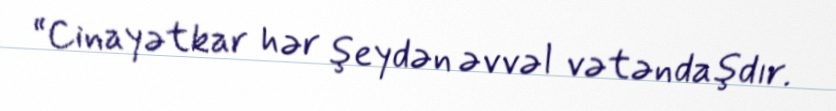
“Cinayətkar hər şeydən əvvəl vətəndaşdır.